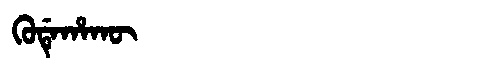
Manchu: ᡴᡠᡩᡝᡥᠠᡴᡡ
Romanization: KUDEHAKŪ